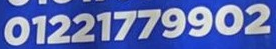
01221779902